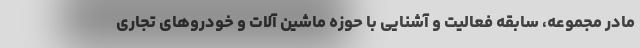
مادر مجموعه، سابقه فعالیت و آشنایی با حوزه ماشین آلات و خودروهای تجاری